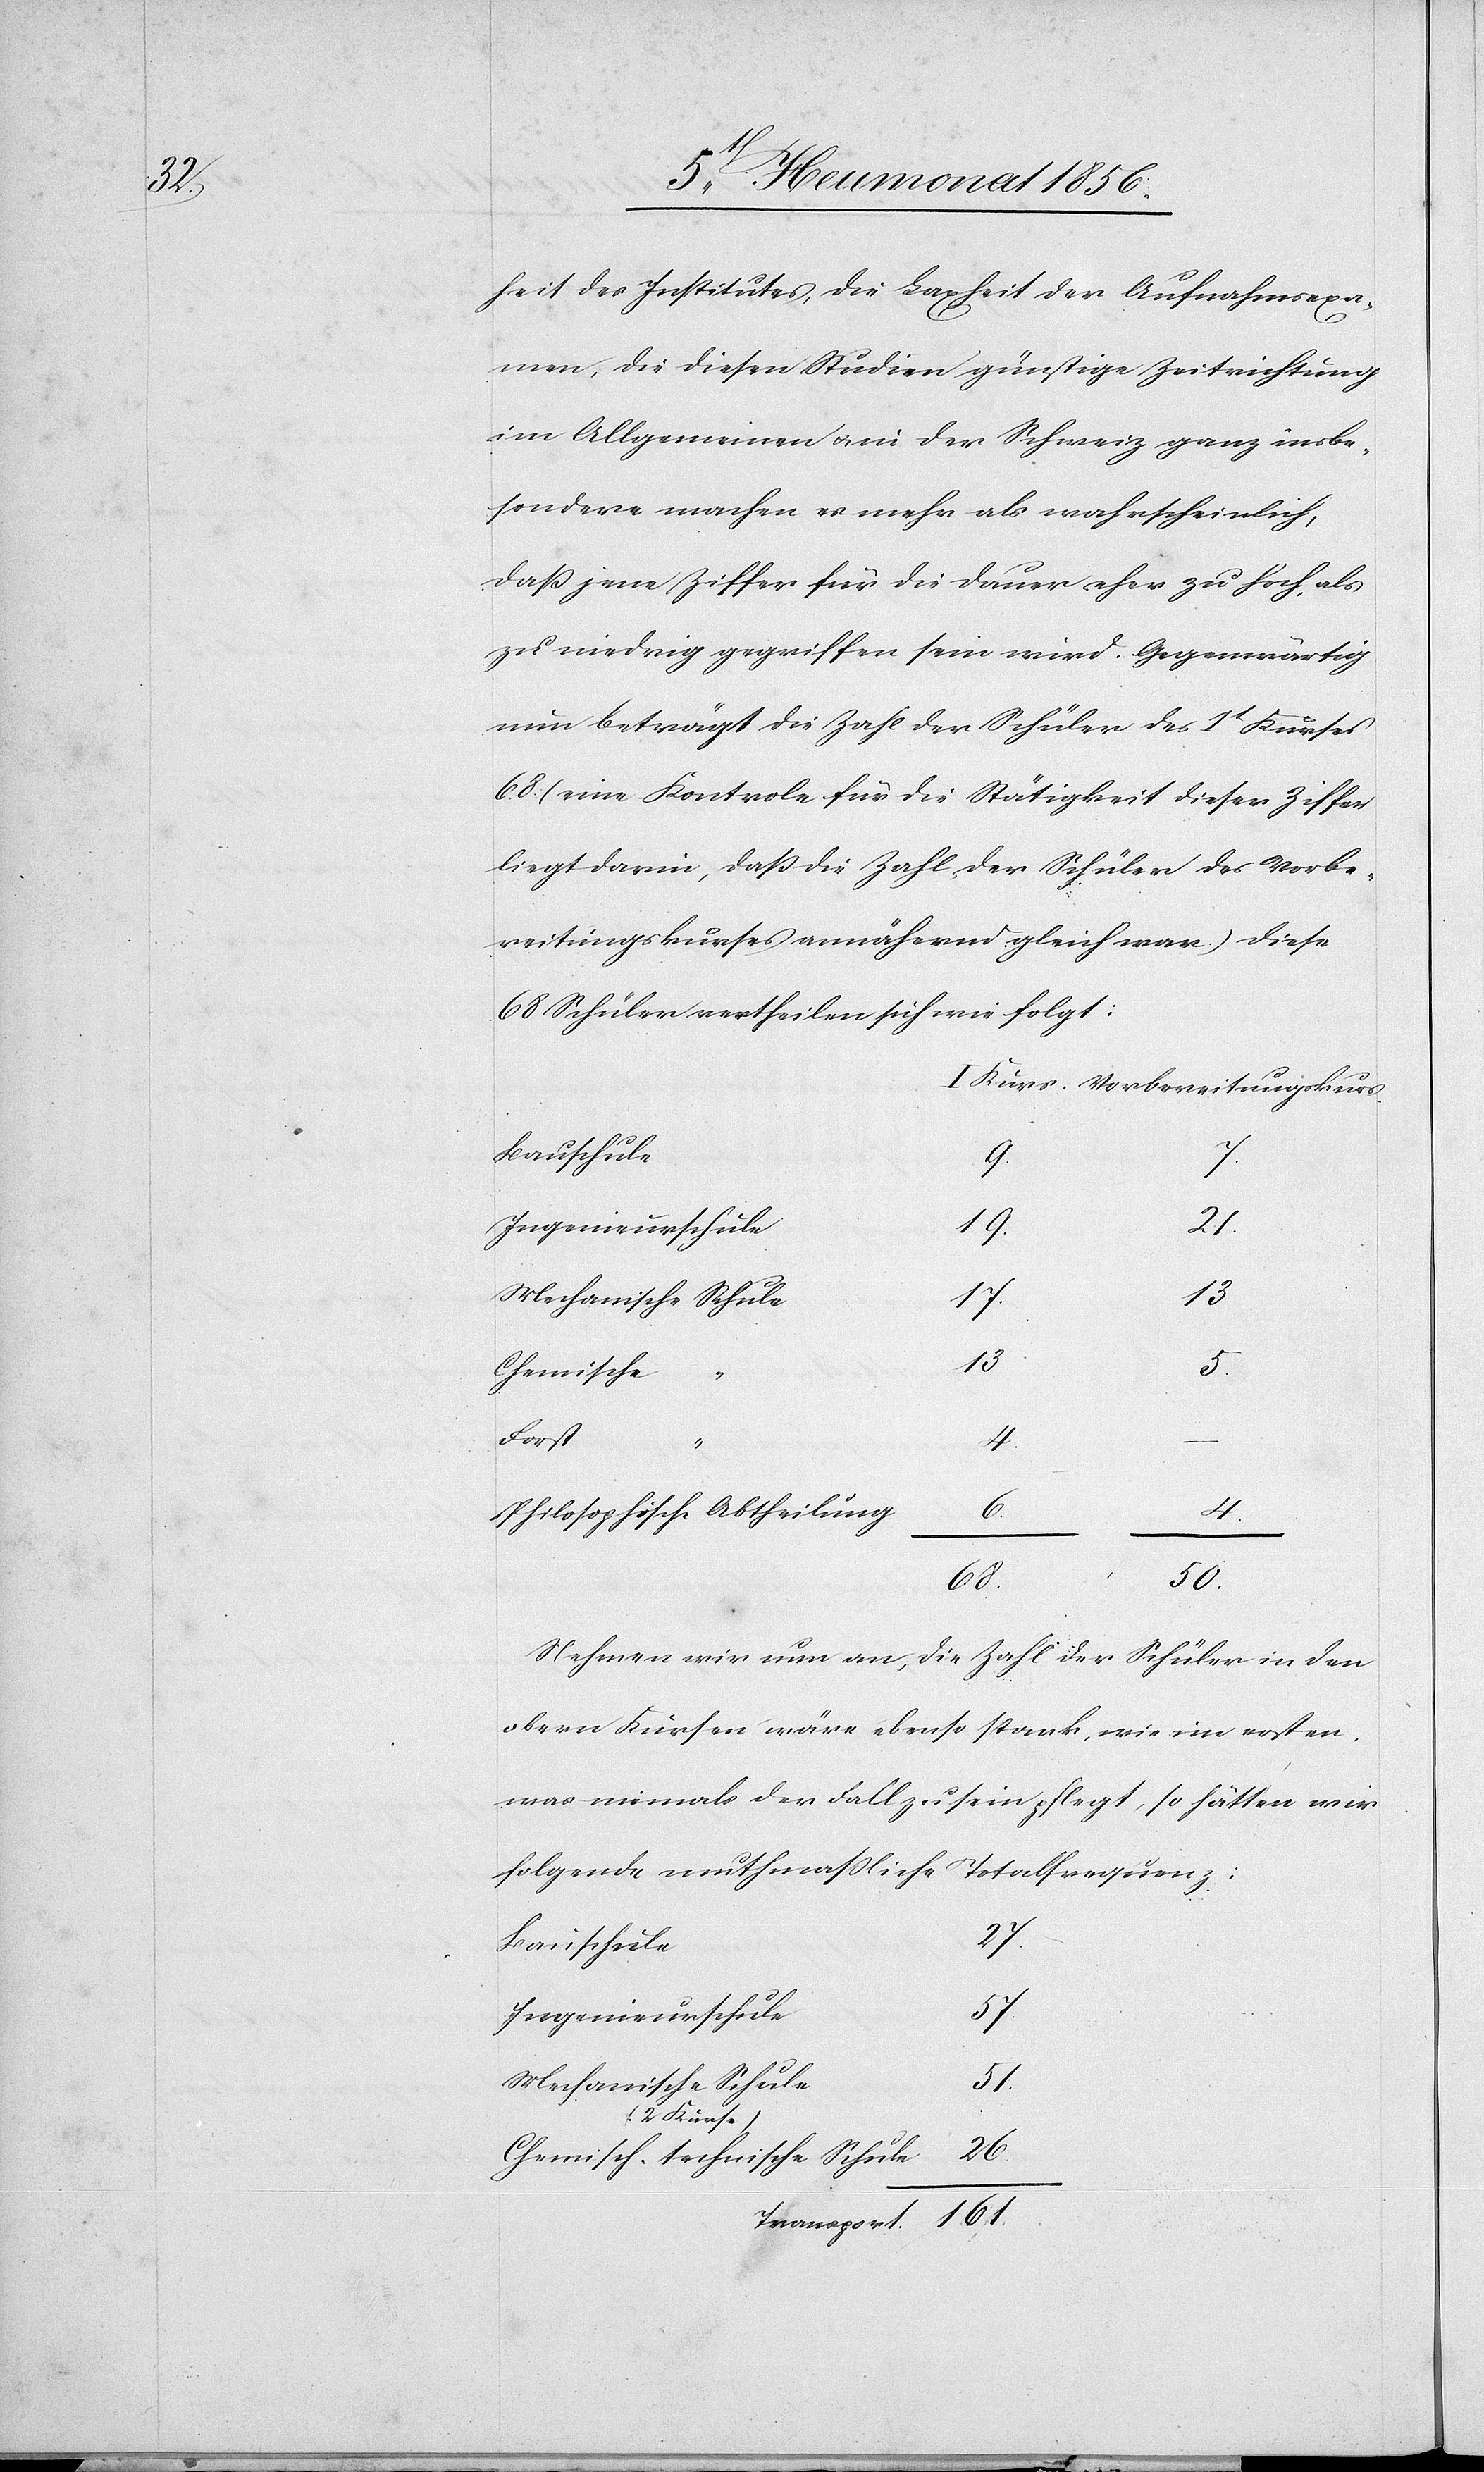
Me¬

heit des Institutes, die Laxheit der Aufnahmsexa¬
men, die diesen Studien günstige Zeitrichtung
im Allgemeinen u. in der Schweiz ganz insbe¬
sondere machen es mehr als wahrscheinlich,
daß jene Ziffer für die Dauer eher zu hoch, als
zu niedrig gegriffen sein wird. Gegenwärtig
nun beträgt die Zahl der Schüler des 1t Kurses
68 (eine Kontrole für die Stätigkeit dieser Ziffer
liegt darin, dass die Zahl der Schüler des Vorbe¬
reitungskurses annährend gleich war.) Diese
68 Schüler vertheilen sich wie folgt:
Vorbereitungskurs.
Bauschule
7.
19.
27.
Ingenieurschule
13
17.
13
Chemische
Forst
4.
–
Philosophische Abtheilung
4.
50.
68.
Nehmen wir nun an, die Zahl der Schüler in den
obern Kursen wäre ebenso stark, wie im ersten,
was niemals der Fall zu sein pflegt, so hätten wir
folgende muthmassliche
Totalfrequenz:
57.
Mechanische Schule
(2 Kurse)
26.
Chemisch-technische Schule